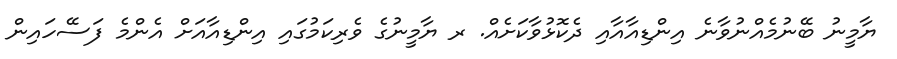
ޔާމީނު ބޭނުމެެއްނުވާނެ އިންޑިއާއާއި ދެކޮޅުވާކަށެއް. ރ ޔާމީނުގެ ވެރިކަމުގައި އިންޑިއާއަށް އެންމެ ފަސޭހައިން